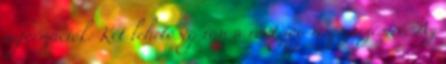
információk: Két lehetőség van a root jog megszerzésére. Az